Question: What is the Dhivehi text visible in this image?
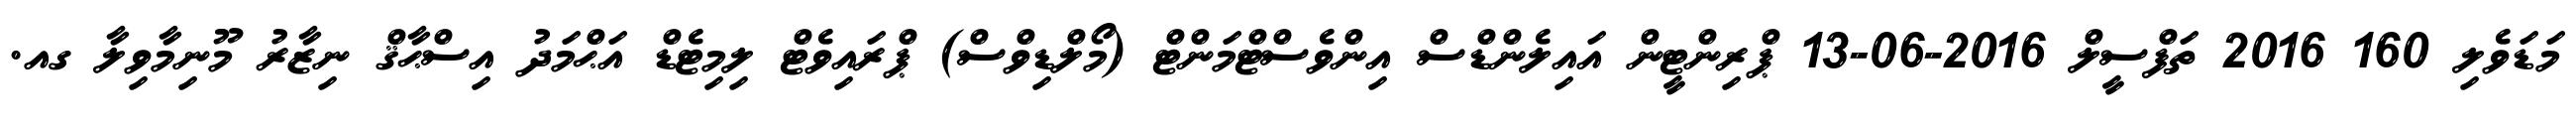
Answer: މަޑަވެލި 160 2016 ތަފްސީލް 2016-06-13 ޕްރިންޓީން އައިލެންޑްސް އިންވެސްޓްމަންޓް (މޯލްޑިވްސް) ޕްރައިވެޓް ލިމިޓެޑް އަޙްމަދު އިސްޙާޤް ނިޒާރު މޫނިމާވިލާ ގއ.